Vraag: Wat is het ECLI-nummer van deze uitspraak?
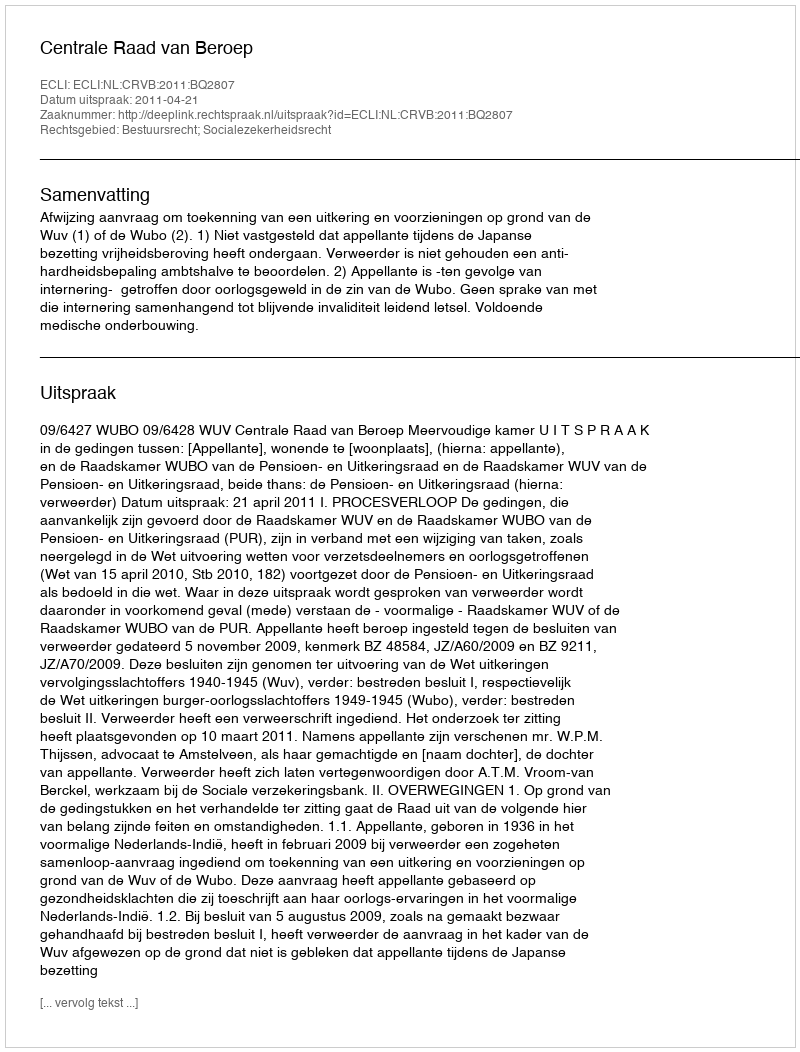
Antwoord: ECLI:NL:CRVB:2011:BQ2807